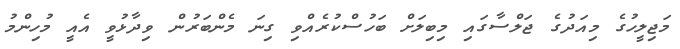
މަޖިލީހުގެ މިއަދުގެ ޖަލްސާގައި މިބިލަށް ބަހުސްކުރެއްވި ގިނަ މެންބަރުން ވިދާޅުވީ އެއީ މުހިންމު